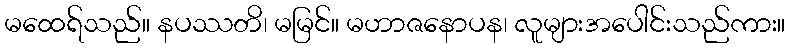
မထေရ်သည်။ နပဿတိ၊ မမြင်။ မဟာဇနောပန၊ လူများအပေါင်းသည်ကား။